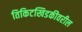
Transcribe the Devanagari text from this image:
तिकिटखिडकीवरील